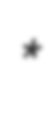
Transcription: *